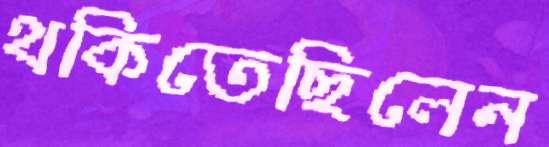
থকিতেছিলেন